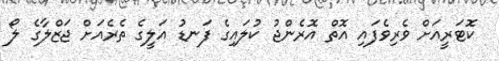
ކޮޓަރީއަށް ވެރިވެފައި އޮތް އޮރެންޖު ކުލައިގެ ފަނޑު އަލީގެ ތެރެއަށް ޖަޒްލާގެ ލޯ